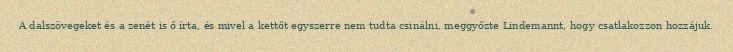
A dalszövegeket és a zenét is ő írta, és mivel a kettőt egyszerre nem tudta csinálni, meggyőzte Lindemannt, hogy csatlakozzon hozzájuk.